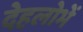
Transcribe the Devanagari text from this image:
देहलोभें